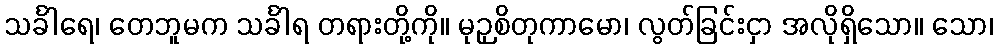
သင်္ခါရေ၊ တေဘူမက သင်္ခါရ တရားတို့ကို။ မုဉှစိတုကာမော၊ လွတ်ခြင်းငှာ အလိုရှိသော။ သော၊